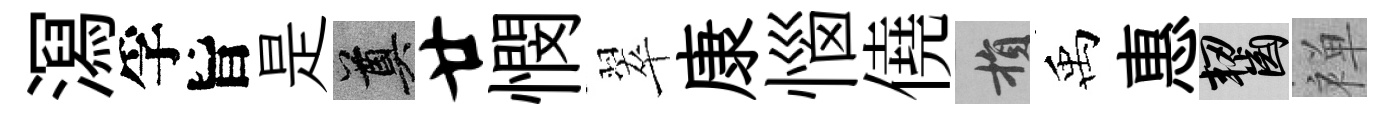
㵼孚旨是奠廿憫翠康惱僥損禹惠齧禅